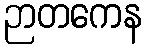
ဉာတကေန